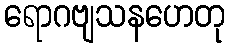
ရောဂဗျသနဟေတု